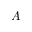
A